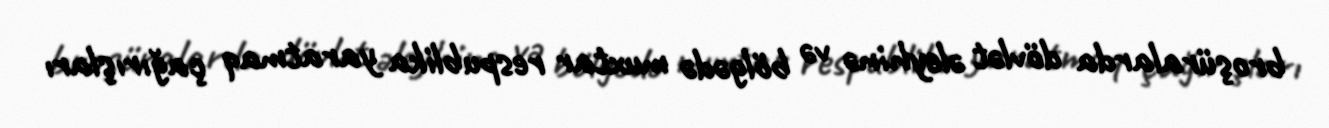
broşüralarda dövlət əleyhinə və bölgədə muxtar respublika yaratmaq çağırışları